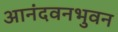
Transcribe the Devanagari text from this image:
आनंदवनभुवन